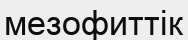
мезофиттік